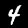
Digit: 4